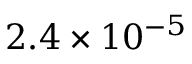
2 . 4 \times 1 0 ^ { - 5 }